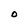
Character: O